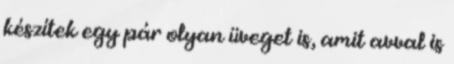
készítek egy pár olyan üveget is, amit avval is